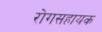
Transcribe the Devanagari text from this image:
रोगसहायक